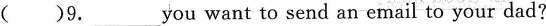
( )9.___you want to send an email to your dad?